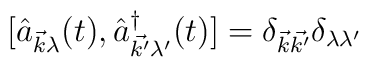
[{\hat{a}}_{\vec{k}\lambda}(t),{\hat{a}}^{\dag}_{\vec{k'}\lambda'}(t)]=\delta_{\vec{k}\vec{k'}}\delta_{\lambda\lambda'}